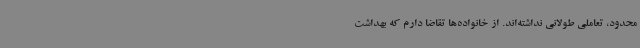
محدود، تعاملی طولانی نداشته‌اند. از خانواده‌ها تقاضا دارم که بهداشت